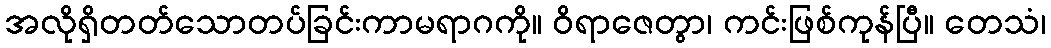
အလိုရှိတတ်သောတပ်ခြင်းကာမရာဂကို။ ဝိရာဇေတွာ၊ ကင်းဖြစ်ကုန်ပြီ။ တေသံ၊